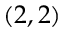
( 2 , 2 )